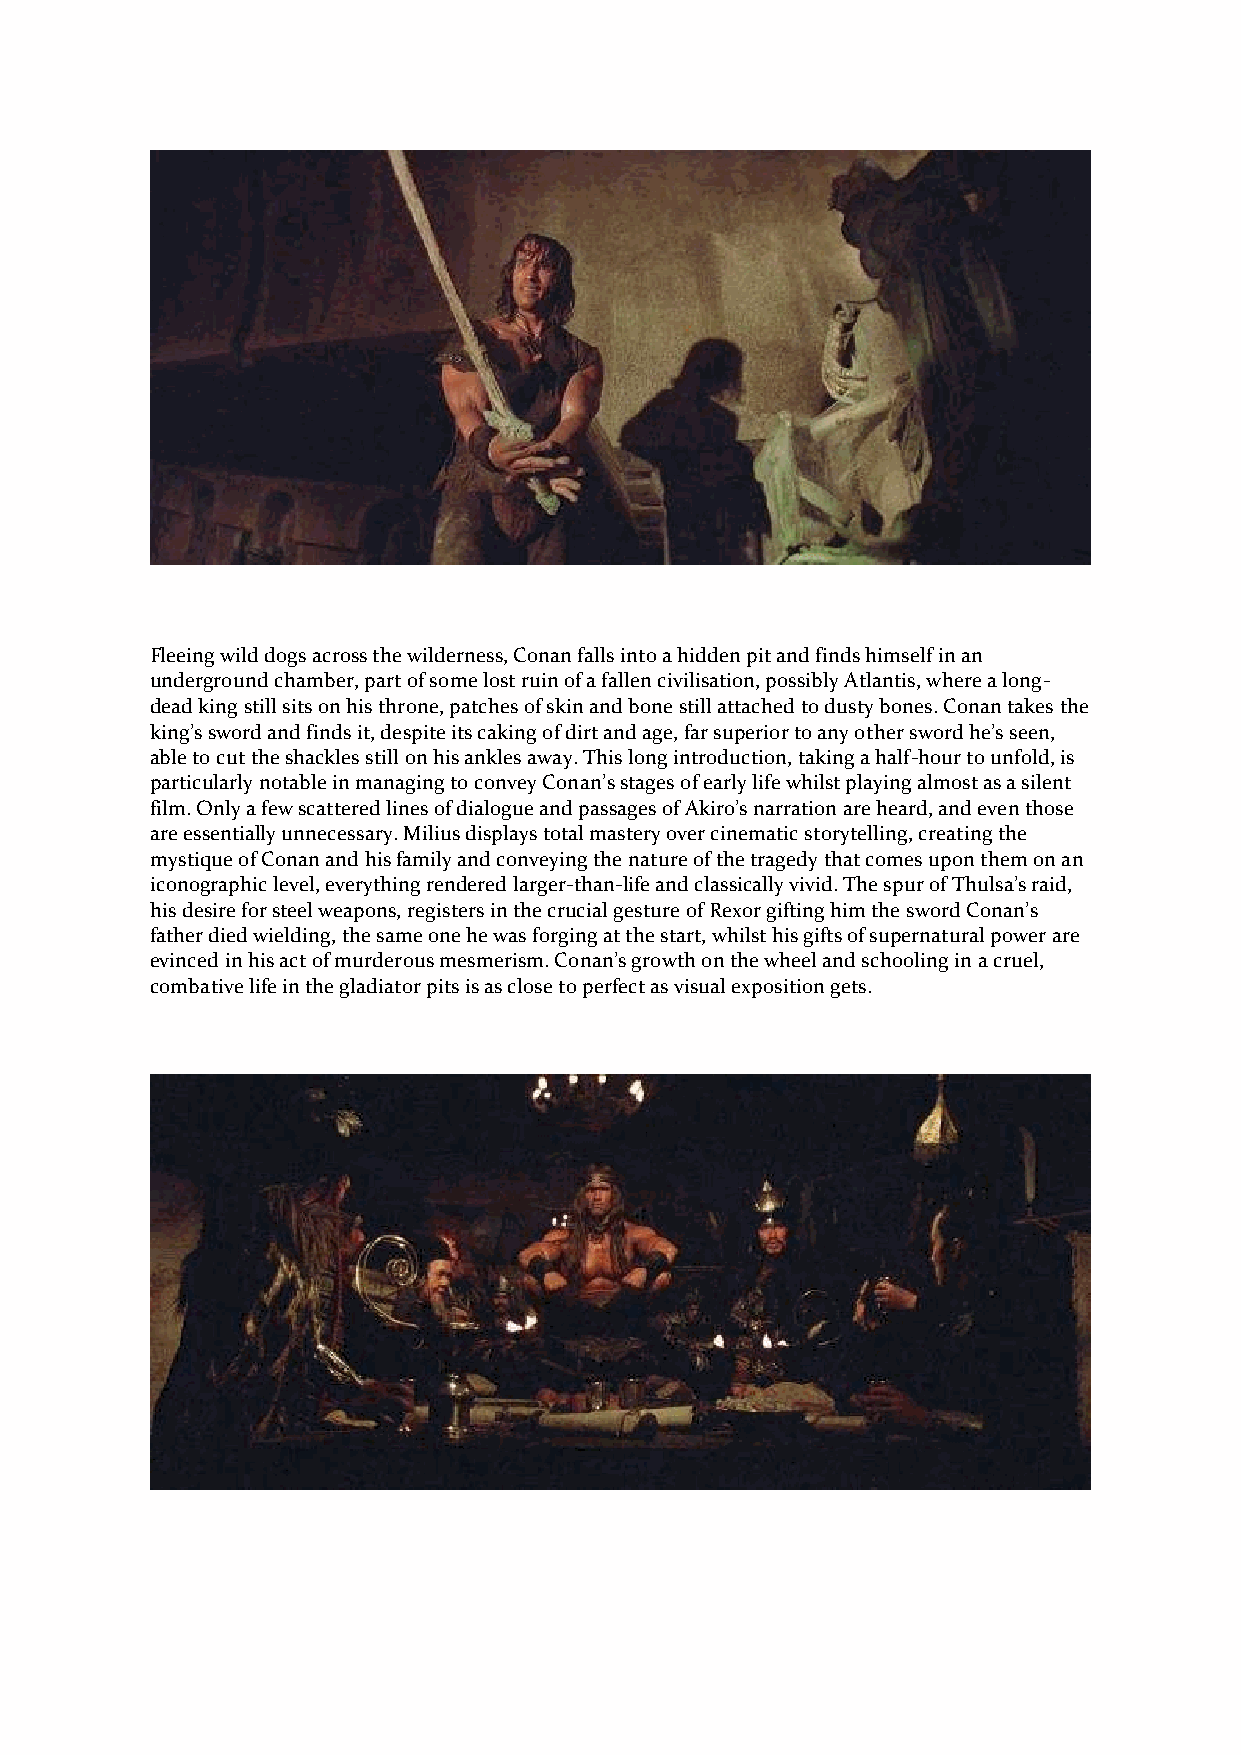
Fleeing wild dogs across the wilderness, Conan falls into a hidden pit and finds himself in an
 underground chamber, part of some lost ruin of a fallen civilisation, possibly Atlantis, where a long-
 dead king still sits on his throne, patches of skin and bone still attached to dusty bones. Conan takes the
 king’s sword and finds it, despite its caking of dirt and age, far superior to any other sword he’s seen,
 able to cut the shackles still on his ankles away. This long introduction, taking a half-hour to unfold, is
 particularly notable in managing to convey Conan’s stages of early life whilst playing almost as a silent
 film. Only a few scattered lines of dialogue and passages of Akiro’s narration are heard, and even those
 are essentially unnecessary. Milius displays total mastery over cinematic storytelling, creating the
 mystique of Conan and his family and conveying the nature of the tragedy that comes upon them on an
 iconographic level, everything rendered larger-than-life and classically vivid. The spur of Thulsa’s raid,
 his desire for steel weapons, registers in the crucial gesture of Rexor gifting him the sword Conan’s
 father died wielding, the same one he was forging at the start, whilst his gifts of supernatural power are
 evinced in his act of murderous mesmerism. Conan’s growth on the wheel and schooling in a cruel,
 combative life in the gladiator pits is as close to perfect as visual exposition gets.